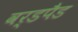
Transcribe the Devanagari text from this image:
वर्डपैड